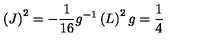
\left( J \right) ^ { 2 } = - \frac { 1 } { 1 6 } g ^ { - 1 } \left( L \right) ^ { 2 } g = \frac { 1 } { 4 }